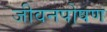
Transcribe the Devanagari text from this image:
जीवनपोषण